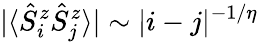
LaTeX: |\langle\hat{S}_{i}^{z}\hat{S}_{j}^{z}\rangle|\sim|i-j|^{-1/\eta}